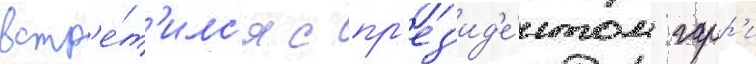
встр'е́т'илс'я с пр'ез'ид'е́нтом гарр'и